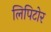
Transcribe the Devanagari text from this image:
लिपिटोर